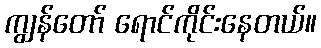
ကျွန်တော် ရောင်ကိုင်းနေတယ်။